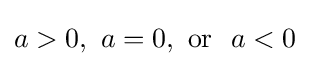
a>0,\ a=0,{\text{ or }}\ a<0